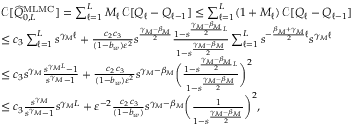
\begin{array} { r l } & { \ { \mathcal { C } } [ \widehat { Q } _ { 0 , L } ^ { \mathrm { M L M C } } ] = \sum _ { \ell = 1 } ^ { L } M _ { \ell } \, { \mathcal { C } } [ Q _ { \ell } - Q _ { \ell - 1 } ] \leq \sum _ { \ell = 1 } ^ { L } ( 1 + M _ { \ell } ) \, { \mathcal { C } } [ Q _ { \ell } - Q _ { \ell - 1 } ] } \\ & { \ \leq c _ { 3 } \sum _ { \ell = 1 } ^ { L } s ^ { \gamma _ { M } \ell } + \frac { c _ { 2 } c _ { 3 } } { ( 1 - b _ { w } ) \varepsilon ^ { 2 } } s ^ { \frac { \gamma _ { M } - \beta _ { M } } { 2 } } \frac { 1 - s ^ { \frac { \gamma _ { M } - \beta _ { M } } { 2 } L } } { 1 - s ^ { \frac { \gamma _ { M } - \beta _ { M } } { 2 } } } \sum _ { \ell = 1 } ^ { L } s ^ { - \frac { \beta _ { M } + \gamma _ { M } } { 2 } \ell } s ^ { \gamma _ { M } \ell } } \\ & { \ \leq c _ { 3 } s ^ { \gamma _ { M } } \frac { s ^ { \gamma _ { M } L } - 1 } { s ^ { \gamma _ { M } } - 1 } + \frac { \, c _ { 2 } \, c _ { 3 } } { ( 1 - b _ { w } ) \varepsilon ^ { 2 } } s ^ { \gamma _ { M } - \beta _ { M } } \bigg ( \frac { 1 - s ^ { \frac { \gamma _ { M } - \beta _ { M } } { 2 } L } } { 1 - s ^ { \frac { \gamma _ { M } - \beta _ { M } } { 2 } } } \bigg ) ^ { 2 } } \\ & { \ \leq c _ { 3 } \frac { s ^ { \gamma _ { M } } } { s ^ { \gamma _ { M } } - 1 } s ^ { \gamma _ { M } L } + \varepsilon ^ { - 2 } \frac { \, c _ { 2 } \, c _ { 3 } } { ( 1 - b _ { w } ) } s ^ { \gamma _ { M } - \beta _ { M } } \bigg ( \frac { 1 } { 1 - s ^ { \frac { \gamma _ { M } - \beta _ { M } } { 2 } } } \bigg ) ^ { 2 } , } \end{array}